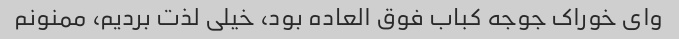
وای خوراک جوجه کباب فوق العاده بود، خیلی لذت بردیم، ممنونم